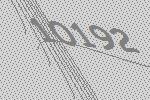
10192